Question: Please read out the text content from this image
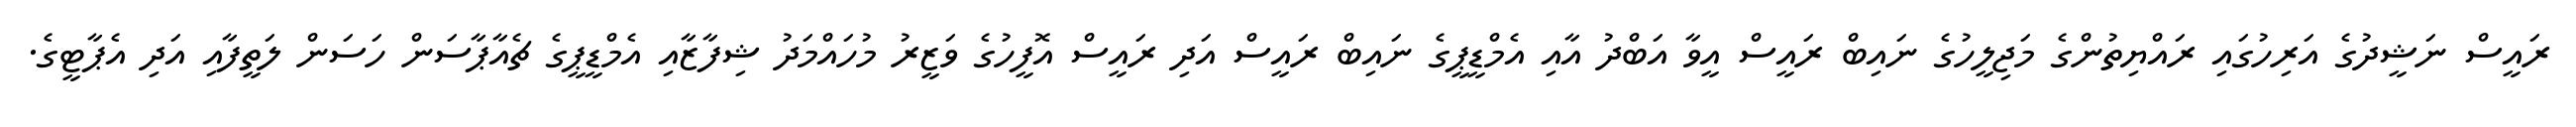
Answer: ރައީސް ނަޝީދުގެ އަރިހުގައި ރައްޔިތުންގެ މަޖިލީހުގެ ނައިބް ރައީސް އީވާ އަބްދު އާއި އެމްޑީޕީގެ ނައިބް ރައީސް އަދި ރައީސް އޮފީހުގެ ވަޒީރު މުހައްމަދު ޝިފާޒާއި އެމްޑީޕީގެ ޗެއާޕާސަން ހަސަން ލަތީފާއި އަދި އެޕާޓީގެ.